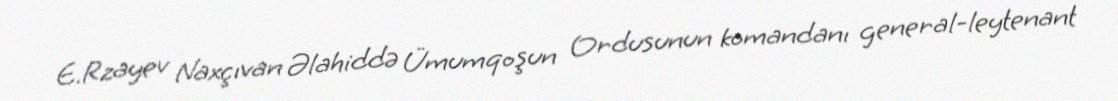
E.Rzayev Naxçıvan Əlahiddə Ümumqoşun Ordusunun komandanı general-leytenant